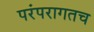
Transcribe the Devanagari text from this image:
परंपरागतच